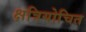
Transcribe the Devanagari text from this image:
क्षत्रियोचित